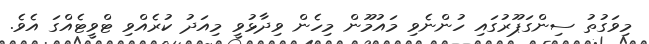
މިވަގުތު ސިންގަޕޫރުގައި ހުންނެވި މައުމޫން މިހެން ވިދާޅުވީ މިއަދު ކުރެއްވި ޓްވީޓެއްގަ އެވެ.